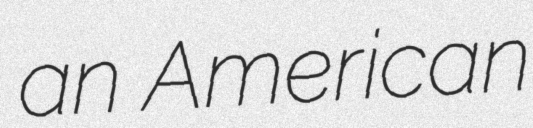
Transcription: an American